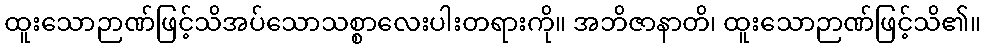
ထူးသောဉာဏ်ဖြင့်သိအပ်သောသစ္စာလေးပါးတရားကို။ အဘိဇာနာတိ၊ ထူးသောဉာဏ်ဖြင့်သိ၏။